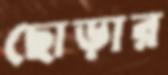
ছোড়ার